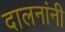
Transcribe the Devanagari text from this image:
दालनांनी